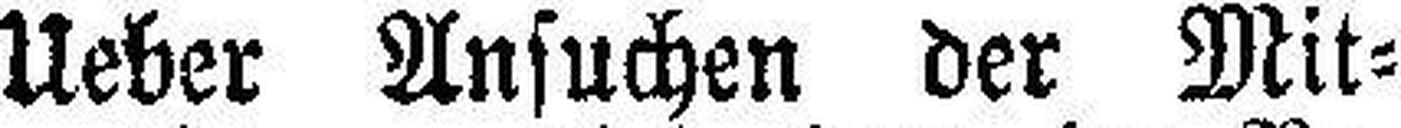
Ueber Ansuchen der Mit¬